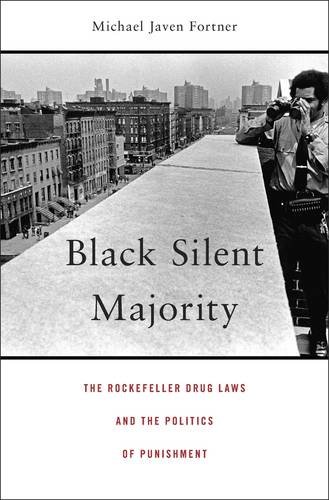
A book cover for Black Silent Majority: The Rockefeller Drug Laws and the Politics of Punishment; Michael Javen Fortner; Law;